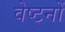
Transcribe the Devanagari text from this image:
वेष्टनों